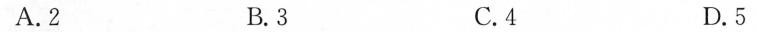
A.2 B.3 C.4 D.5